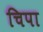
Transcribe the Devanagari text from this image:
चिपा